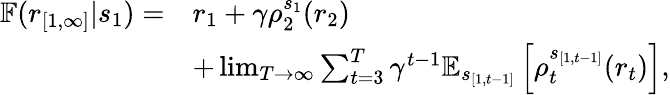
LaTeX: \begin{array}{rl}{\mathbb{F}(r_{[1,\infty]}|s_{1})=}&{r_{1}+\gamma\rho_{2}^{s_{1}}(r_{2})}\\ &{+\operatorname*{lim}_{T\to\infty}\sum_{t=3}^{T}\gamma^{t-1}\mathbb{E}_{s_{[1,t-1]}}\left[{\rho_{t}^{s_{[1,t-1]}}}(r_{t})\right],}\end{array}